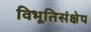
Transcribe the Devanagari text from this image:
विभूतिसंक्षेप